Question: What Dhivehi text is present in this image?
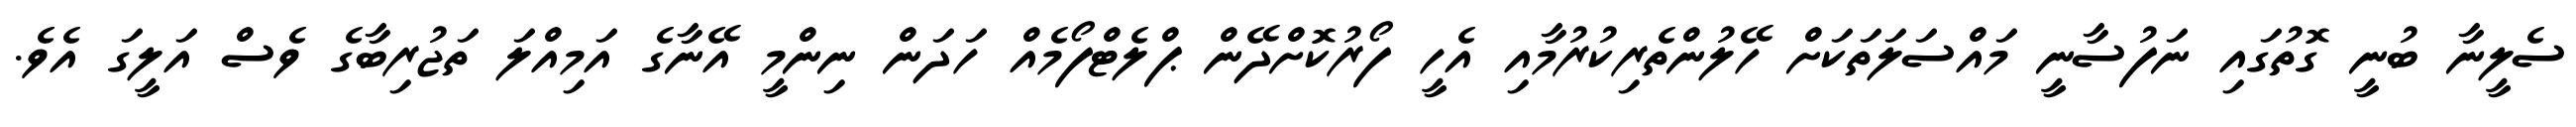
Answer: ސެލީނާ ބުނީ ގޮތުގައި ނަފުސާނީ މައްސަލަތަކަށް ހޭލުންތެރިކުރުމާއި އެހީ ފޯރުކޮށްދޭން ޕްލެޓްފޯމެއް ހަދަން ނިންމީ އޭނާގެ އަމިއްލަ ތަޖުރިބާގެ ވެސް އަލީގަ އެވެ.